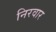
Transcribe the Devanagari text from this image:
निरवार